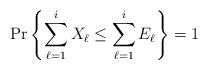
LaTeX: \begin{align*}\Pr\left\{\sum_{\ell=1}^i X_\ell \le \sum_{\ell=1}^i E_\ell\right\}=1 \end{align*}